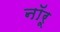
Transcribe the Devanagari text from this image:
नॉरू